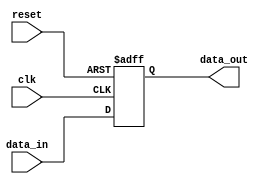
module io_buffer (
    input wire clk,
    input wire reset,
    input wire data_in,
    output reg data_out
);

// Input and output logic for data transmission
always @ (posedge clk or posedge reset)
begin
    if (reset)
        data_out <= 0;
    else
        data_out <= data_in;
end

// Error detection and correction mechanisms
// (Feature not implemented in this code snippet)

endmodule